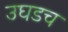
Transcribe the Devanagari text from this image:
उघडच